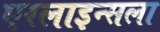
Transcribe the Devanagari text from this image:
एरलाइन्सला